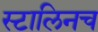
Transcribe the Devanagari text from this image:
स्टालिनच